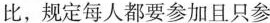
比，规定每人都要参加且只参